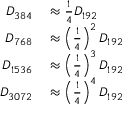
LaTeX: \begin{array} { r l } { D _ { 3 8 4 } } & { { } { } \approx { \frac { 1 } { 4 } } D _ { 1 9 2 } } \\ { D _ { 7 6 8 } } & { { } { } \approx \left( { \frac { 1 } { 4 } } \right) ^ { 2 } D _ { 1 9 2 } } \\ { D _ { 1 5 3 6 } } & { { } { } \approx \left( { \frac { 1 } { 4 } } \right) ^ { 3 } D _ { 1 9 2 } } \\ { D _ { 3 0 7 2 } } & { { } { } \approx \left( { \frac { 1 } { 4 } } \right) ^ { 4 } D _ { 1 9 2 } } \end{array}